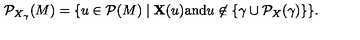
{ \cal P } _ { X _ { \gamma } } ( M ) = \{ u \in { \cal P } ( M ) \mid { \bf X } ( u ) \mathrm { a n d } u \not \in \{ \gamma \cup { \cal P } _ { X } ( \gamma ) \} \} .